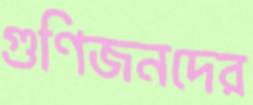
গুণিজনদের